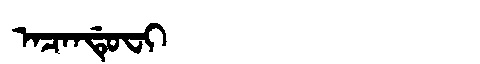
Manchu: ᠠᠴᠠᠨᡩᡠᠸᡳ
Romanization: ACANDUFI